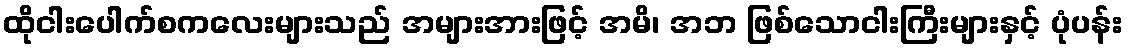
ထိုငါးပေါက်စကလေးများသည် အများအားဖြင့် အမိ၊ အဘ ဖြစ်သောငါးကြီးများနှင့် ပုံပန်း